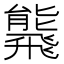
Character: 𩙸